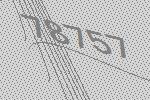
78757